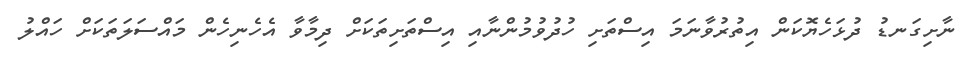
ނާށިގަނޑު ދުޅަހެޔޮކަން އިތުރުވާނަމަ އިސްތަށި ހުދުވުމުންނާއި އިސްތަށިތަކަށް ދިމާވާ އެހެނިހެން މައްސަލަތަކަށް ހައްލު